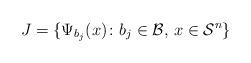
LaTeX: \begin{align*}J=\{\Psi_{b_j}(x)\colon b_j\in\mathcal B,\,x\in\mathcal S^n\}\end{align*}